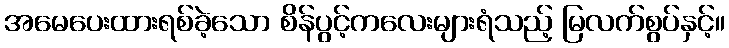
အမေပေးထားရစ်ခဲ့သော စိန်ပွင့်ကလေးများရံသည့် မြလက်စွပ်နှင့်။